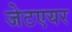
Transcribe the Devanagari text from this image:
जेटएयर